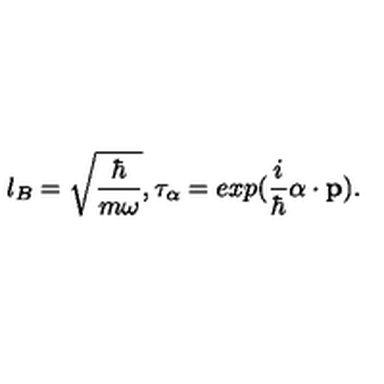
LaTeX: l _ { B } = \sqrt { { \frac { \hbar } { m \omega } } } , \tau _ { \bf \alpha } = e x p ( { \frac { i } { \hbar } } { \bf \alpha } \cdot { \bf p } ) .